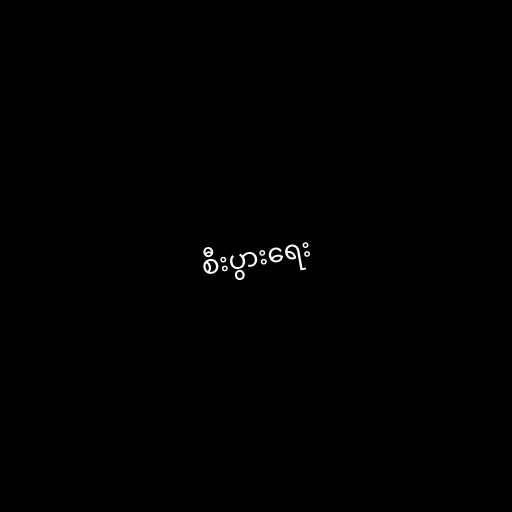
စီးပွားရေး